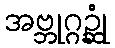
အဗ္ဘုဂ္ဂဉ္ဆုံ